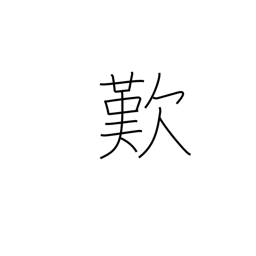
Meaning: lamentation